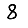
Digit: 8